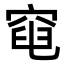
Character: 𥦣